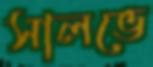
সালভে